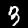
Label: 3